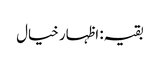
بقیہ: اظہار خیال